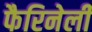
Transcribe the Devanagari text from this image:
फैरिनेली